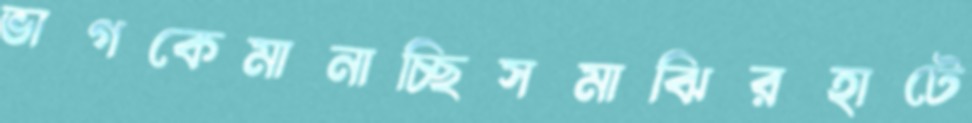
ভাগকেমানাচ্ছিসমাঝিরহাটে